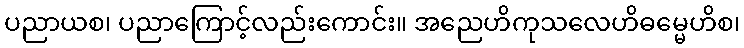
ပညာယစ၊ ပညာကြောင့်လည်းကောင်း။ အညေဟိကုသလေဟိဓမ္မေဟိစ၊